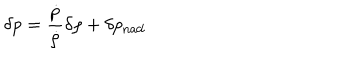
\delta p = \frac { \dot { p } } { \dot { \rho } } \delta \rho + \delta p _ { \mathrm { n a d } }